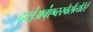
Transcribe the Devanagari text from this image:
द्स्॑अव्॑एव्स्स्वेर्सत्येरेरे